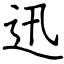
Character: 迅